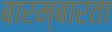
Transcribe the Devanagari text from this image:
बारम्‍बारता